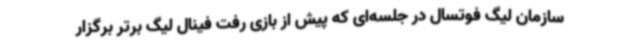
سازمان لیگ فوتسال در جلسه‌ای که پیش از بازی رفت فینال لیگ برتر برگزار